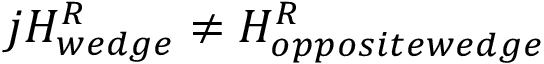
j H _ { w e d g e } ^ { R } \neq H _ { o p p o s i t e w e d g e } ^ { R }